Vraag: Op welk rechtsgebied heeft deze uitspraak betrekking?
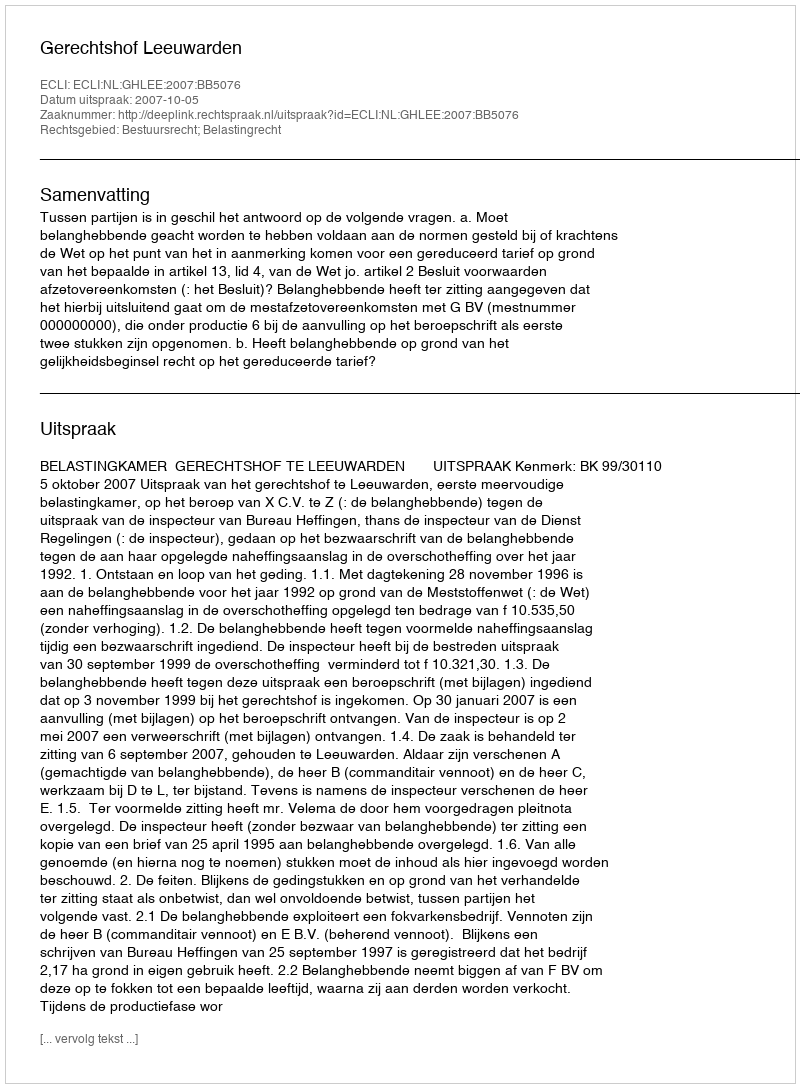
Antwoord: Bestuursrecht; Belastingrecht